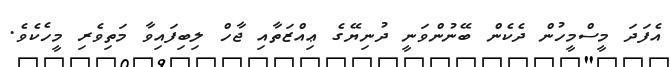
އެފަދަ މީސްމީހުން ދެކެން ބޭނުންވަނީ ދުނިޔޭގެ ޢިއްޒަތާއި ޖާހް ލިބިފައިވާ މަތިވެރި މީހެކެވެ.